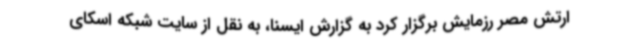
ارتش مصر رزمایش برگزار کرد به گزارش ایسنا، به نقل از سایت شبکه اسکای